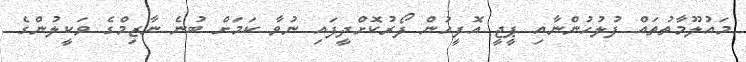
މައުލޫމާތުތައް ފުލުހުންނާއި ޕީޖީ އޮފީހުން ފޯރުކޮށްދީފައި ނުވާ ކަމަށް ބުނެ ނާޒިމްގެ ވަކީލުންގެ